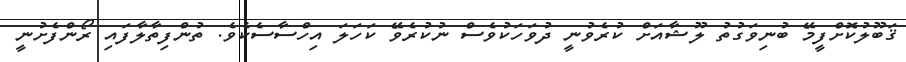
ޤަބޫލުކޮށްފީމޭ ބުނިވަގުތު ލޫޝާއަށް ކުރެވުނީ ދުވަހަކުވެސް ނުކުރެވޭ ކަހަލަ އިހްސާސެކެވެ. ތުންފިތާލާފައި ރޯންފެށުނީ